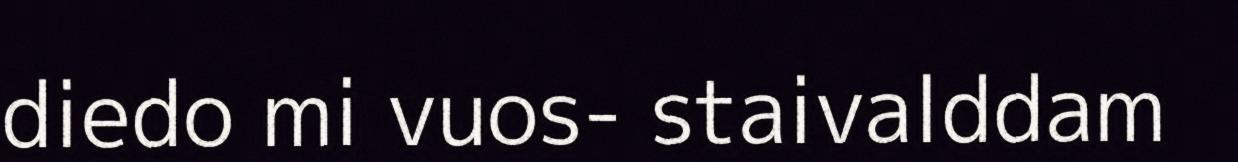
diedo mi vuos- staivalddam